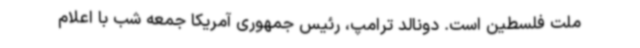
ملت فلسطین است. دونالد ترامپ، رئیس جمهوری آمریکا جمعه شب با اعلام